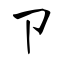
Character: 卩